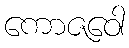
ကောဇဝေါ